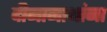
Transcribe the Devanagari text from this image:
दीनानाथांना